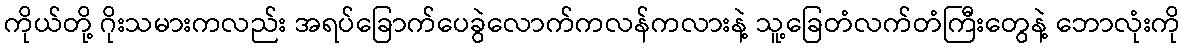
ကိုယ်တို့ ဂိုးသမားကလည်း အရပ်ခြောက်ပေခွဲလောက်ကလန်ကလားနဲ့ သူ့ခြေတံလက်တံကြီးတွေနဲ့ ဘောလုံးကို